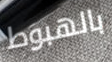
بالهبوط